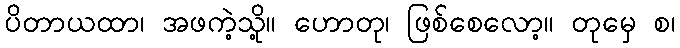
ပိတာယထာ၊ အဖကဲ့သို့။ ဟောတု၊ ဖြစ်စေလော့။ တုမှေ စ၊